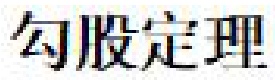
勾股定理